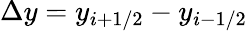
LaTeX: \Delta y=y_{i+1/2}-y_{i-1/2}